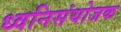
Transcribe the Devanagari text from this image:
ध्वनिसंयोजक